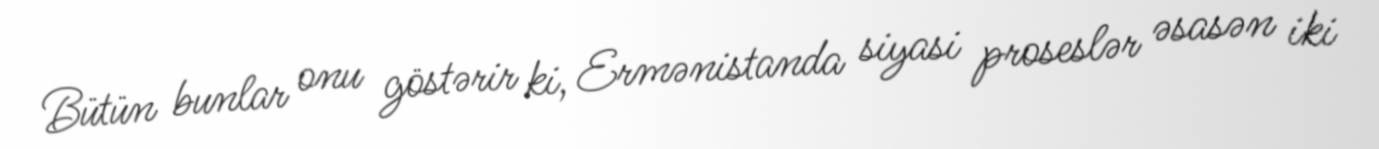
Bütün bunlar onu göstərir ki, Ermənistanda siyasi proseslər əsasən iki